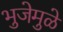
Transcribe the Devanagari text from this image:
भुजेमुळे